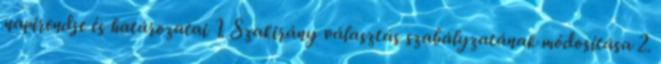
napirendje és határozatai 1. Szakirány választás szabályzatának módosítása 2.